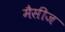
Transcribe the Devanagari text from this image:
मैसीज